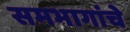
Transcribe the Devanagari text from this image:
समभागांचे